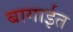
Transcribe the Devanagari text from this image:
बागाईत